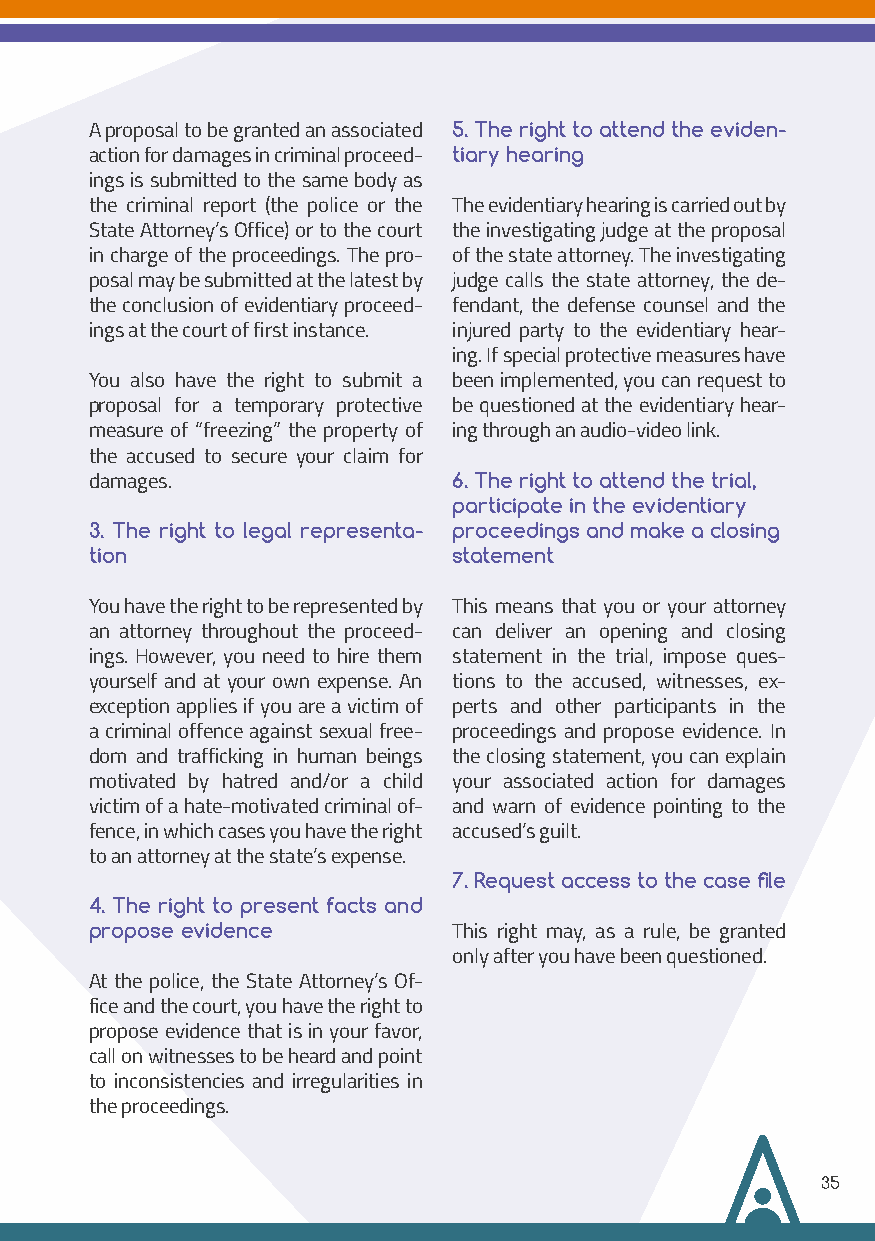
A proposal to be granted an associated 5. The right to attend the eviden-
 action for damages in criminal proceed- tiary hearing
 ings is submitted to the same body as
 the criminal report (the police or the The evidentiary hearing is carried out by
 State Attorney’s Office) or to the court the investigating judge at the proposal
 in charge of the proceedings. The pro- of the state attorney. The investigating
 posal may be submitted at the latest by judge calls the state attorney, the de-
 the conclusion of evidentiary proceed- fendant, the defense counsel and the
 ings at the court of first instance. injured party to the evidentiary hear-
 ing. If special protective measures have
 You also have the right to submit a been implemented, you can request to
 proposal for a temporary protective be questioned at the evidentiary hear-
 measure of “freezing” the property of ing through an audio-video link.
 the accused to secure your claim for
 damages.                6. The right to attend the trial,
 participate in the evidentiary
 3. The right to legal representa- proceedings and make a closing
 tion                    statement
 You have the right to be represented by This means that you or your attorney
 an attorney throughout the proceed- can deliver an opening and closing
 ings. However, you need to hire them statement in the trial, impose ques-
 yourself and at your own expense. An tions to the accused, witnesses, ex-
 exception applies if you are a victim of perts and other participants in the
 a criminal offence against sexual free- proceedings and propose evidence. In
 dom and trafficking in human beings the closing statement, you can explain
 motivated by hatred and/or a child your associated action for damages
 victim of a hate-motivated criminal of- and warn of evidence pointing to the
 fence, in which cases you have the right accused’s guilt.
 to an attorney at the state’s expense.
 7. Request access to the case file
 4. The right to present facts and
 propose evidence        This right may, as a rule, be granted
 only after you have been questioned.
 At the police, the State Attorney’s Of-
 fice and the court, you have the right to
 propose evidence that is in your favor,
 call on witnesses to be heard and point
 to inconsistencies and irregularities in
 the proceedings.
 35